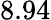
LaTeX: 8.94